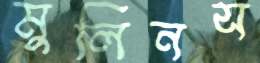
মুলিনস